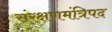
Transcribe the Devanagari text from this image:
संरक्षणमंत्रिपद